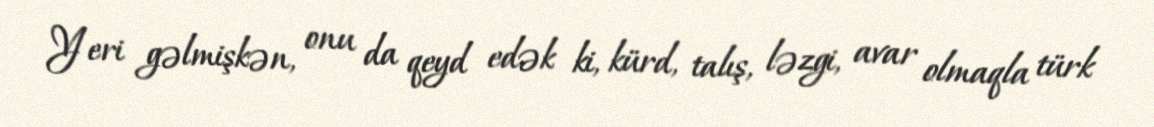
Yeri gəlmişkən, onu da qeyd edək ki, kürd, talış, ləzgi, avar olmaqla türk